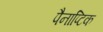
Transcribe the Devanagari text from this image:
पैनाप्टिक